Vaccination in Bombay 1902-1912 - 1902-1912
Year: 1902
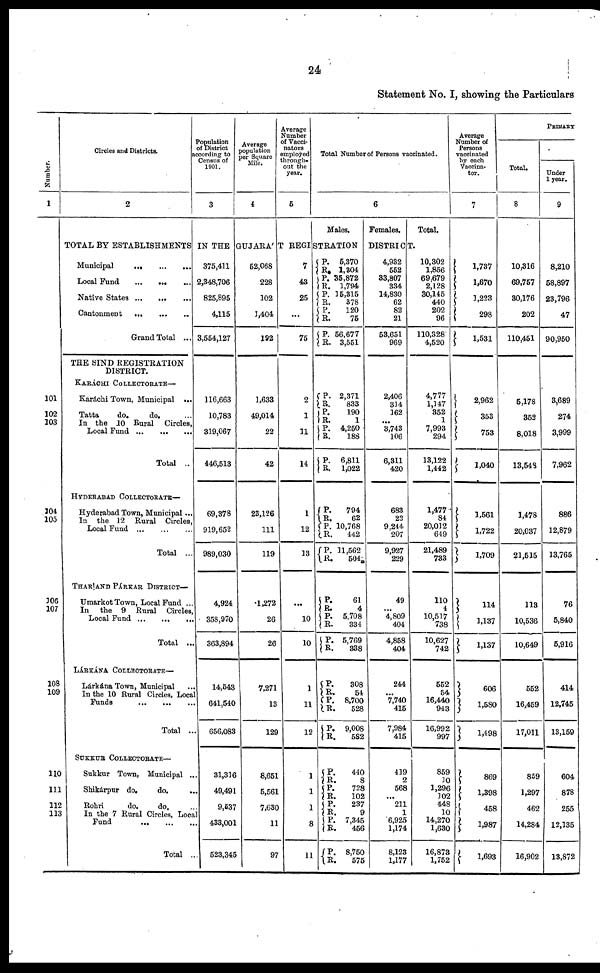
24
Statement No. I, showing the Particulars
Number.
1
101
102
103
104
105
106
107
108
109
110
111
112
113
Circles and Districts.
2
Population
of District
according to
Census of
1901.
3
Average
population
per Square
Mile.
4
Average
Number
of Vacci-
nators
amploýed
through-
out the
year.
5
Total Number of Persons vaccinated.
6
Males.
Females.
Total.
TOTAL BY ESTABLISHMENTS IN THE GUJARÁT REGISTRATION
DISTRICT.
Municipal
...
...
...
Local Fund
...
...
...
Native States ... ... ...
Cantonment
...
...
...
Grand Total ...
THE SIND REGISTRATION
DISTRICT.
KARÁCHI COLLECTORATE—
Karáchi Town, Municipal ...
Tatta
do.
do. ...
In the 10 Rural Circles,
Local Fund
...
...
...
Total ..
HYDERABAD COLLECTORATE—
Hyderabad Town, Municipal...
In the 12 Rural Circles,
Local Fund
...
...
...
Total ..
THARAND PÁRKAR DISTRICT—
Umarkot Town, Local Fund ..
In the 9 Rural Circles
Local Fund
...
...
...
Total ...
LÁRKÁNA COLLECTORATE—
Lárkána Town, Municipal ...
In the 10 Rural Circles, Local
Funds
...
...
...
Total ...
SUKKUR COLLECTORATE—
Sukkur Town, Municipal ...
Shikárpur do.
do. ...
Rohri do. do. ...
In the 7 Rural Circles, Local
Fund
...
...
...
Total ...
375,411
2,348,706
825,895
4,115
3,554,127
116,663
10,783
319,067
446,513
69,378
919,652
989,030
4,924
358,970
363,894
14,543
641,540
656,083
31,316
49,491
9,537
433,001
523,345
52,068
228
102
1,404
192
1,633
49,014
22
42
23,126
111
119
1,272
26
26
7,271
13
129
8,651
5,561
7,630
11
97
7
43
25
...
75
2
1
11
14
1
12
13
...
10
10
1
11
12
1
1
1
8
11
P.
R.
P.
R.
P.
R.
P.
R.
P.
R.
P.
R.
P.
R.
P.
R.
P.
R.
P.
R.
P.
R.
P.
R.
P. R.
P.
R.
P.
R.
P.
R. P.
R.
P.
R.
P.
R.
P. R.
P.
R.
P.
R.
P.
R.
5,370
1,304
35,872
1,794
15,315
378
120
75
56,677
3,551
2,371
833
190
1
4,250
188
6,811
1,022
794
62
10,768
442
11,562
504
61
4
5,708
334
5,769
338
308
54
8,700
528
9,008
582
440
8
728
102
237
9
7,345
456
8,750
575
4,932
552
33,807
334
14,830
62
82
21
53,651
969
2,406
314
162
...
3,743
106
6,311
420
683
22
9,244
207
9,927
229
49
...
4,809
404
4,858
404
244
...
7,740
415
7,984
415
419
2
568
...
211
1
6,925
1,174
8,123
1,177
10,302
1,856
69,679
2,128
30,145
440
202
96
110,328
4,520
4,777
1,147
352
1
7,993
294
13,122
1,442
1,477
84
20,012
649
21,489
733
110
4.
10,517
738
10,627
742
552
54
16,440
943
16,992
997
859
10
1,296
102
448
10
14,270
1,630
16,873
1,752
Average
Number of
Persons
vaccinated
by each
Vaccina-
tor.
7
1,737
1,670
1,223
298
1,531
2,962
353
753
1,040
1,561
1,722
1,709
114
1,137
1,137
606
1,580
1,498
869
1,398
458
1,987
1,693
PRIMARY
Total.
8
10,316
69,757
30,176
202
110,451
5,178
352
8,018
13,548
1,478
20,037
21,515
113
10,536
10,649
552
16,459
17,011
859
1,297
462
14,284
16,902
Under
1 year.
9
8,210
58,897
23,796
47
90,950
3,689
274
3,999
7,962
886
12,879
13,765
76
5,840
5,916
414
12,745
13,159
604
878
255
12,135
13,872